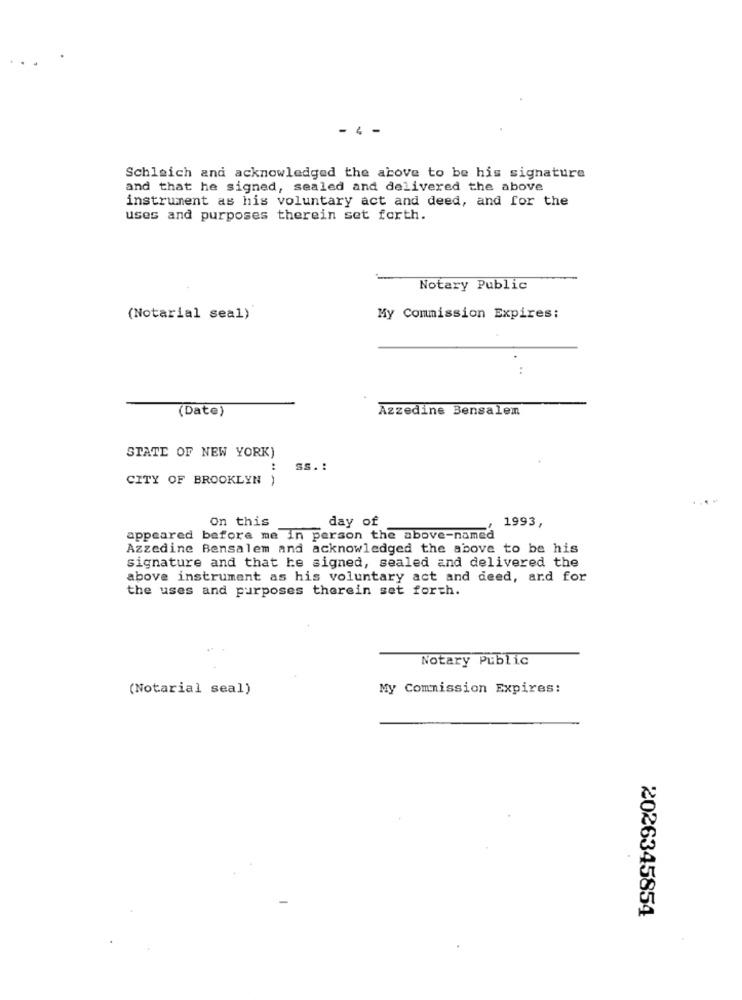
- 4 -
Schleich and acknowledged the above to be his signature
and that he signed, sealed and delivered the above
instrument as his voluntary act and deed, and for the
uses and purposes therein set forth.
Notary Public
(Notarial seal)
My Commission Expires:
..
(Date)
Azzedine Bensalem
STATE OF NEW YORK)
:
SS. :
CITY OF BROOKLYN )
On this
day of
1993,
appeared before me in person the above-named
Azzedine Bensalem and acknowledged the above to be his
signature and that he signed, sealed and delivered the
above instrument as his voluntary act and deed, ard for
the uses and purposes therein set forth.
Notary Public
(Notarial seal)
My Commission Expires:
2026345854